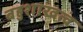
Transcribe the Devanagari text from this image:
बहुशाखत्वं